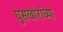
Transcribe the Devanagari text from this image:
घुसखोरांच्या